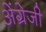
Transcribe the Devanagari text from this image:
अेंग्रेजी